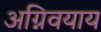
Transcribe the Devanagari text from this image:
अग्निवयाय